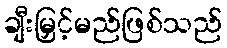
ချီးမြှင့်မည်ဖြစ်သည်